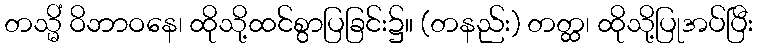
တသ္မိံ ဝိဘာဝနေ၊ ထိုသို့ထင်စွာပြခြင်း၌။ (တနည်း) တတ္ထ၊ ထိုသို့ပြုအပ်ပြီး